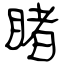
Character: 睹